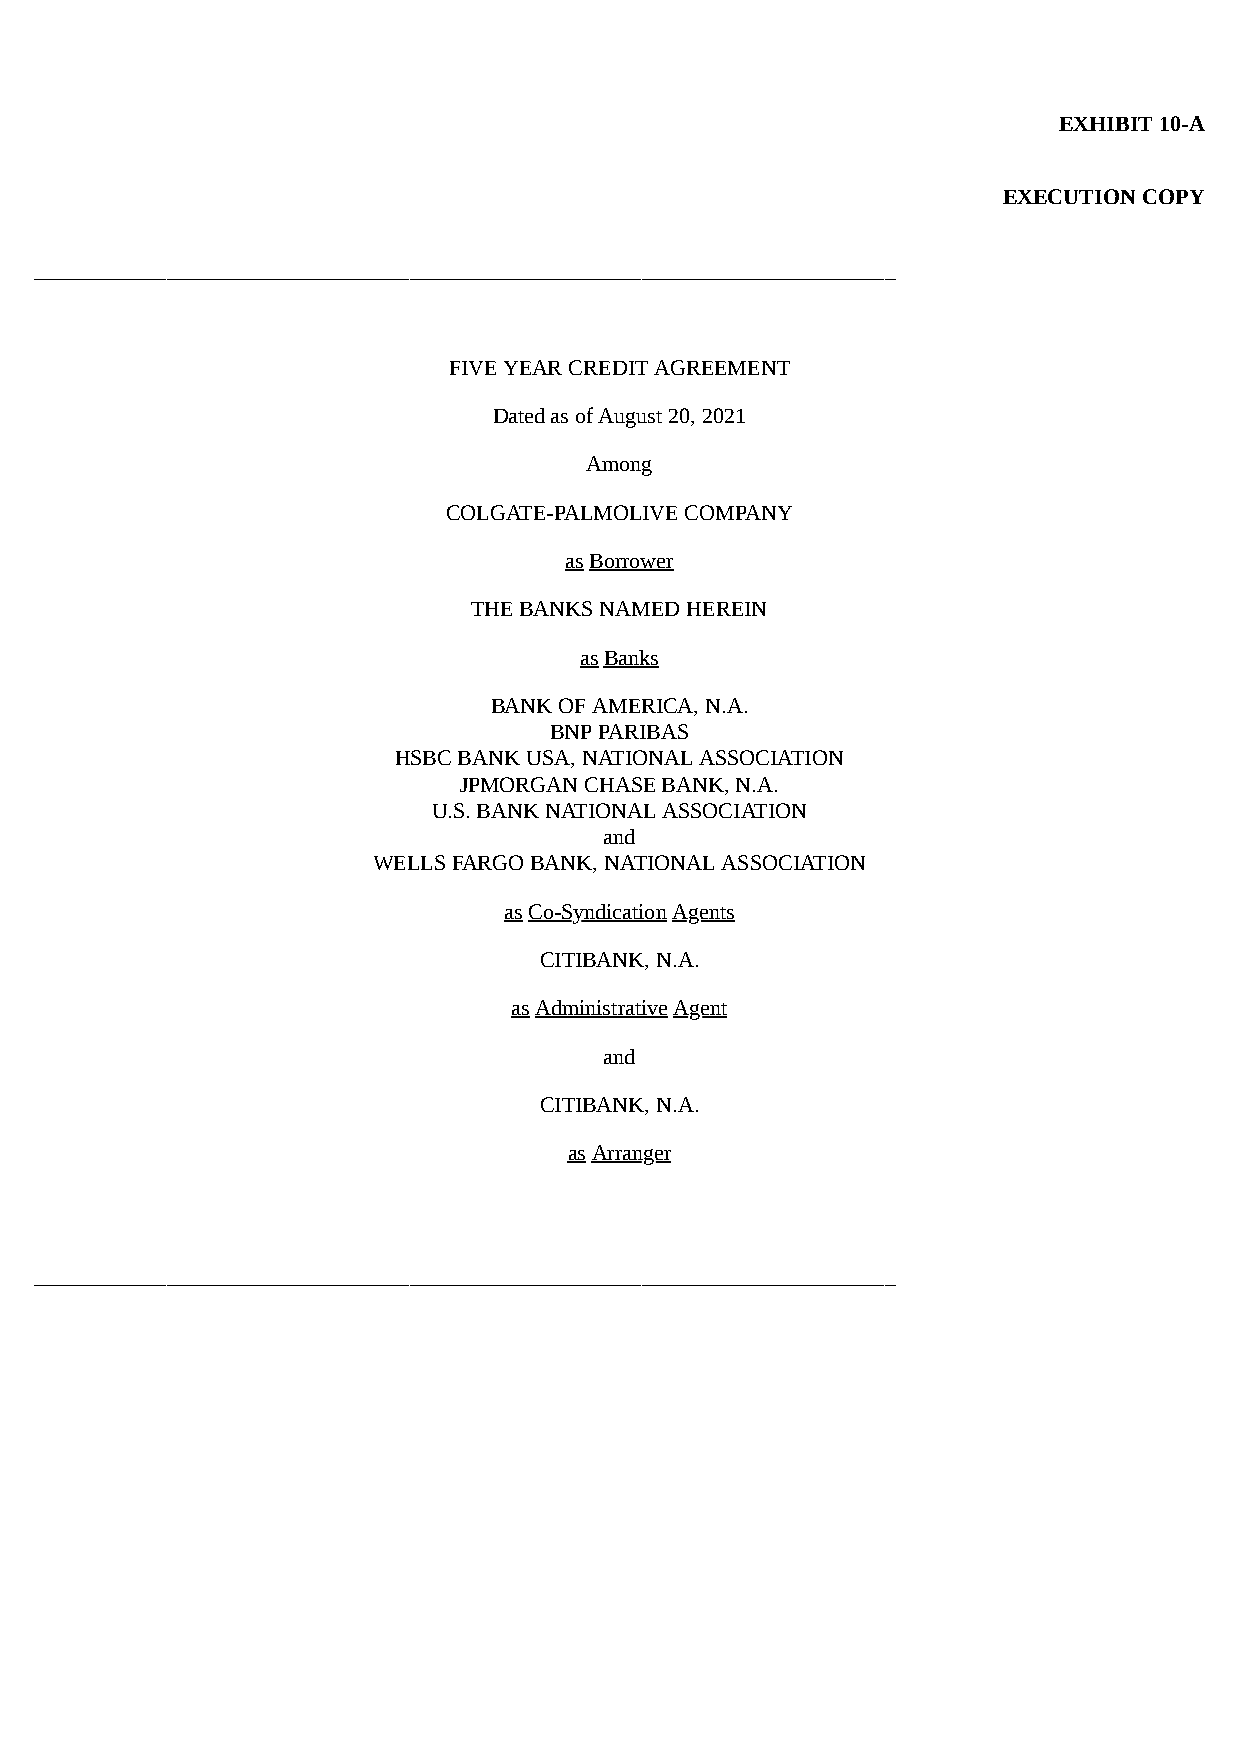
EXHIBIT 10-A
 EXECUTION COPY
 ______________________________________________________________________________
 FIVE YEAR CREDIT AGREEMENT
 Dated as of August 20, 2021
 Among
 COLGATE-PALMOLIVE COMPANY
 as Borrower
 THE BANKS NAMED HEREIN
 as Banks
 BANK OF AMERICA, N.A.
 BNP PARIBAS
 HSBC BANK USA, NATIONAL ASSOCIATION
 JPMORGAN CHASE BANK, N.A.
 U.S. BANK NATIONAL ASSOCIATION
 and
 WELLS FARGO BANK, NATIONAL ASSOCIATION
 as Co-Syndication Agents
 CITIBANK, N.A.
 as Administrative Agent
 and
 CITIBANK, N.A.
 as Arranger
 ______________________________________________________________________________